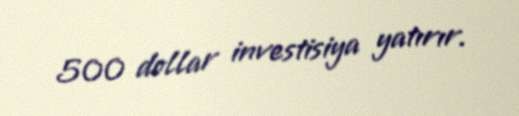
500 dollar investisiya yatırır.